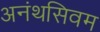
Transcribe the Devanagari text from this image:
अनंथसिवम